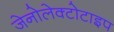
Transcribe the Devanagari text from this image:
जेनोलेक्टोटाइप